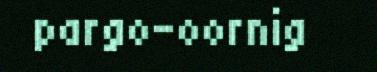
pargo-oornig